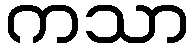
ကသာ